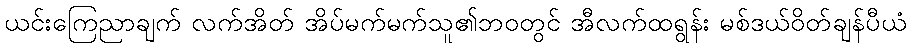
ယင်းကြေညာချက် လက်အိတ် အိပ်မက်မက်သူ၏ဘ၀တွင် အီလက်ထရွန်း မစ်ဒယ်ဝိတ်ချန်ပီယံ